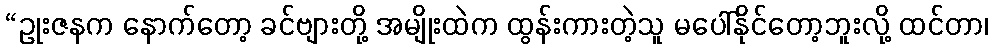
“ဥုးဇနက နောက်တော့ ခင်ဗျားတို့ အမျိုးထဲက ထွန်းကားတဲ့သူ မပေါ်နိုင်တော့ဘူးလို့ ထင်တာ၊